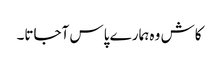
کاش وہ ہمارے پاس آجاتا۔